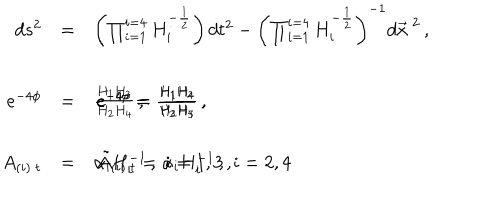
LaTeX: \begin{array} { r c l } { { d s ^ { 2 } } } & { { = } } & { { \left( \prod _ { i = 1 } ^ { i = 4 } H _ { i } ^ { - \frac { 1 } { 2 } } \right) d t ^ { 2 } - \left( \prod _ { i = 1 } ^ { i = 4 } H _ { i } ^ { - \frac { 1 } { 2 } } \right) ^ { - 1 } d \vec { x } ^ { \ 2 } \, , } } \\ { { } } & { { } } & { { } } \\ { { e ^ { - 4 \phi } } } & { { = } } & { { \frac { H _ { 1 } H _ { 3 } } { H _ { 2 } H _ { 4 } } \, , \hspace { 1 c m } e ^ { - 4 \sigma } = \frac { H _ { 1 } H _ { 4 } } { H _ { 2 } H _ { 3 } } \, , \hspace { 1 c m } e ^ { - 4 \rho } = \frac { H _ { 1 } H _ { 2 } } { H _ { 3 } H _ { 4 } } \, , } } \\ { { } } & { { } } & { { } } \\ { { A _ { ( i ) \ t } } } & { { = } } & { { \alpha _ { i } H _ { i } ^ { - 1 } \, , \, \, i = 1 , 3 \, , \hspace { . 5 c m } \tilde { A } _ { ( i ) \ t } = \alpha _ { i } H _ { i } ^ { - 1 } \, , \, \, i = 2 , 4 \, } } \\ \end{array}